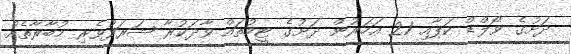
ދަށުގެ ވޯލްޑް ކަޕާއި 21 އަހަރުން ދަށުގެ ޓީމުތައް ވާދަކުރާ ޝަރަފުވެރި މުބާރާތެއް